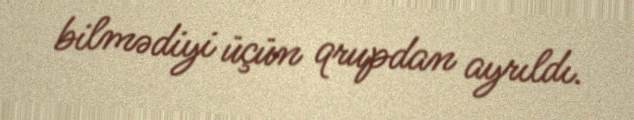
bilmədiyi üçün qrupdan ayrıldı.